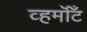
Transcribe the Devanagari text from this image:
व्हर्मॉँट